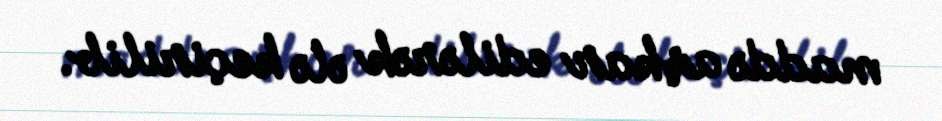
maddə aşkar edilərək ələ keçirilib.